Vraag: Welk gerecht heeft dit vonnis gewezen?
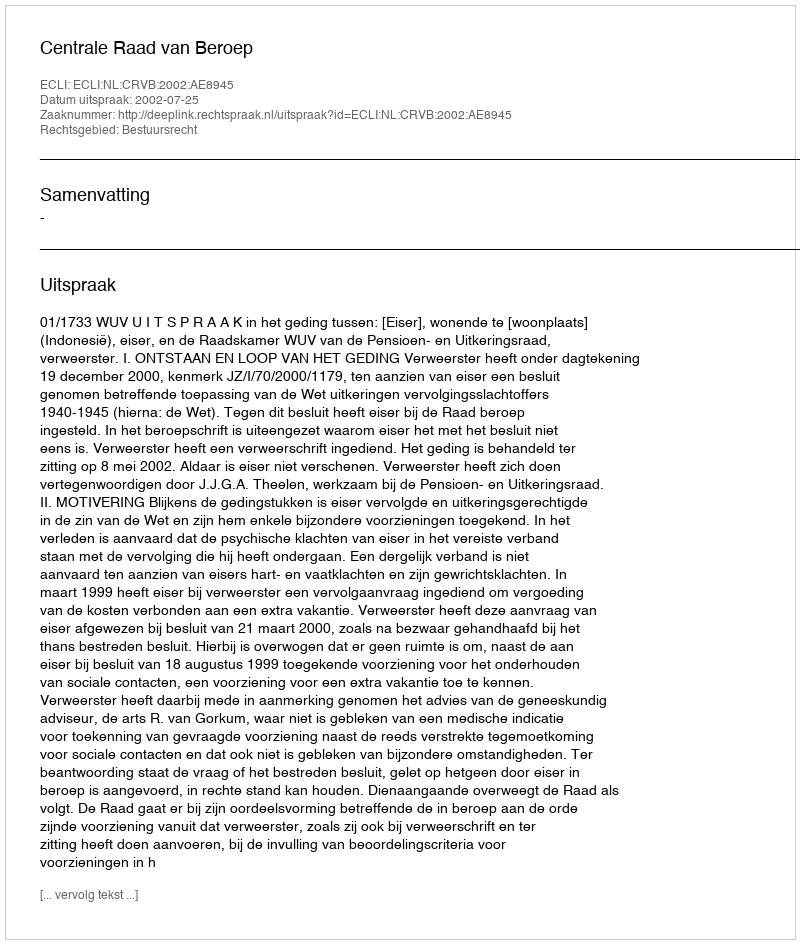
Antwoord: Centrale Raad van Beroep